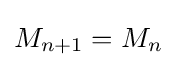
M_{n+1}=M_{n}